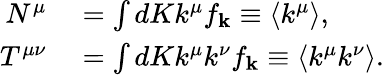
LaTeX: \begin{array}{rl}{N^{\mu}}&{{}=\int dKk^{\mu}f_{\mathbf{k}}\equiv\left\langle k^{\mu}\right\rangle,}\\ {T^{\mu\nu}}&{{}=\int dKk^{\mu}k^{\nu}f_{\mathbf{k}}\equiv\left\langle k^{\mu}k^{\nu}\right\rangle.}\end{array}